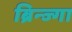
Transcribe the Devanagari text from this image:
ब्रिन्ज्गा